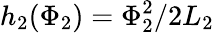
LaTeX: h_{2}(\Phi_{2})=\Phi_{2}^{2}/2L_{2}